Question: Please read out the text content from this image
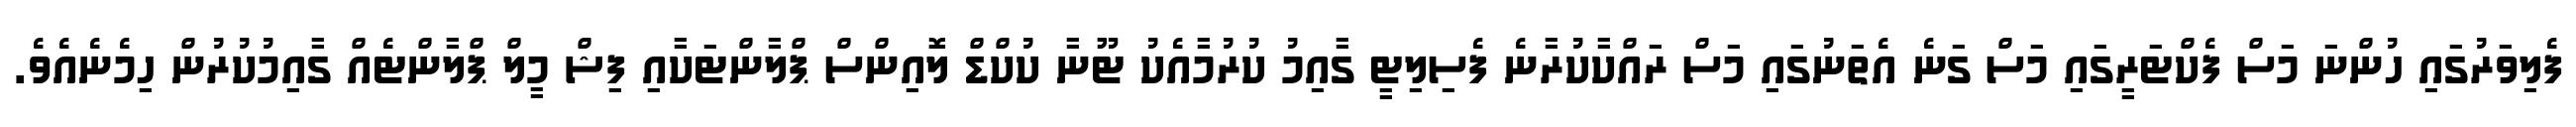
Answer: ފެލިވަރުގައި ހުންނަ މަސް ފެކްޓަރީގައި މަސް ގަނެ އެތަނުގައި މަސް ރައްކާކުރާނެ ފެސިލިޓީ ގާއިމު ކުރުމާއެކު ޓޫނާ ކުކްޑް ލޮއިންސް ޕްލާންޓަކާއި ފިޝް މީލް ޕްލާންޓެއް ގާއިމުކުރުން ހިމެނެއެވެ.